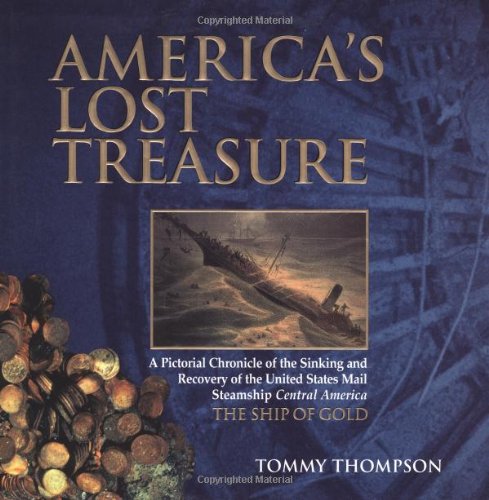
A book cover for America's Lost Treasure; Tommy Thompson; Arts & Photography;